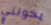
يخونني